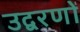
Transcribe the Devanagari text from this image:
उद्वरणों